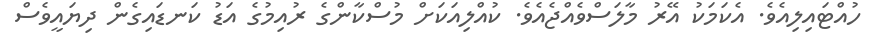
ހުއްޓައިލިއެވެ. އެކަމަކު އޭރު މާލަސްވެއްޖެއެވެ. ކުއްލިއަކަށް މުސްކާންގެ ރުއިމުގެ އަޑު ކަނޑައިގެން ދިޔައީވެސް